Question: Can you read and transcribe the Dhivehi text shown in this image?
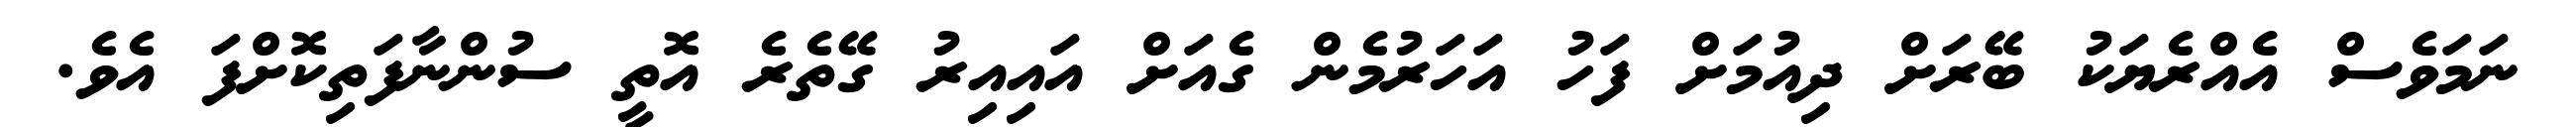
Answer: ނަމަވެސް އެއްރެޔަކު ބޭރަށް ދިއުމަށް ފަހު އަހަރުމެން ގެއަށް އައިއިރު ގޭތެރެ އޮތީ ސުންނާފަތިކޮށްފަ އެވެ.